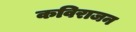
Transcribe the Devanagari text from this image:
कविराजन